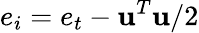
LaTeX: e_{i}=e_{t}-\mathbf{u}^{T}\mathbf{u}/2